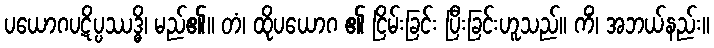
ပယောဂပဋိပ္ပဿဒ္ဓိ၊ မည်၏။ တံ၊ ထိုပယောဂ ၏ ငြိမ်းခြင်း ပြီးခြင်းဟူသည်။ ကိံ၊ အဘယ်နည်း။